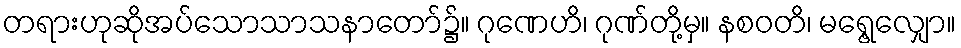
တရားဟုဆိုအပ်သောသာသနာတော်၌။ ဂုဏေဟိ၊ ဂုဏ်တို့မှ။ နစဝတိ၊ မရွေ့လျှော။